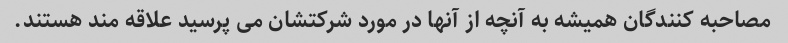
مصاحبه کنندگان همیشه به آنچه از آنها در مورد شرکتشان می پرسید علاقه مند هستند.